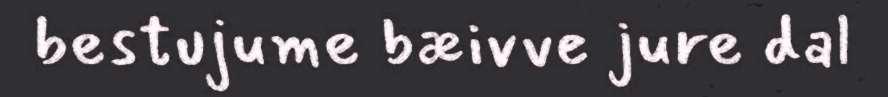
bestujume bæivve jure dal